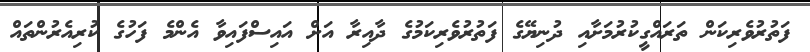
ފަތުރުވެރިކަން ތަރައްގީކުރުމަށާއި ދުނިޔޭގެ ފަތުރުވެރިކަމުގެ ދާއިރާ އަށް އައިސްފައިވާ އެންމެ ފަހުގެ ކުރިއެރުންތައް